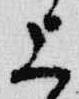
上